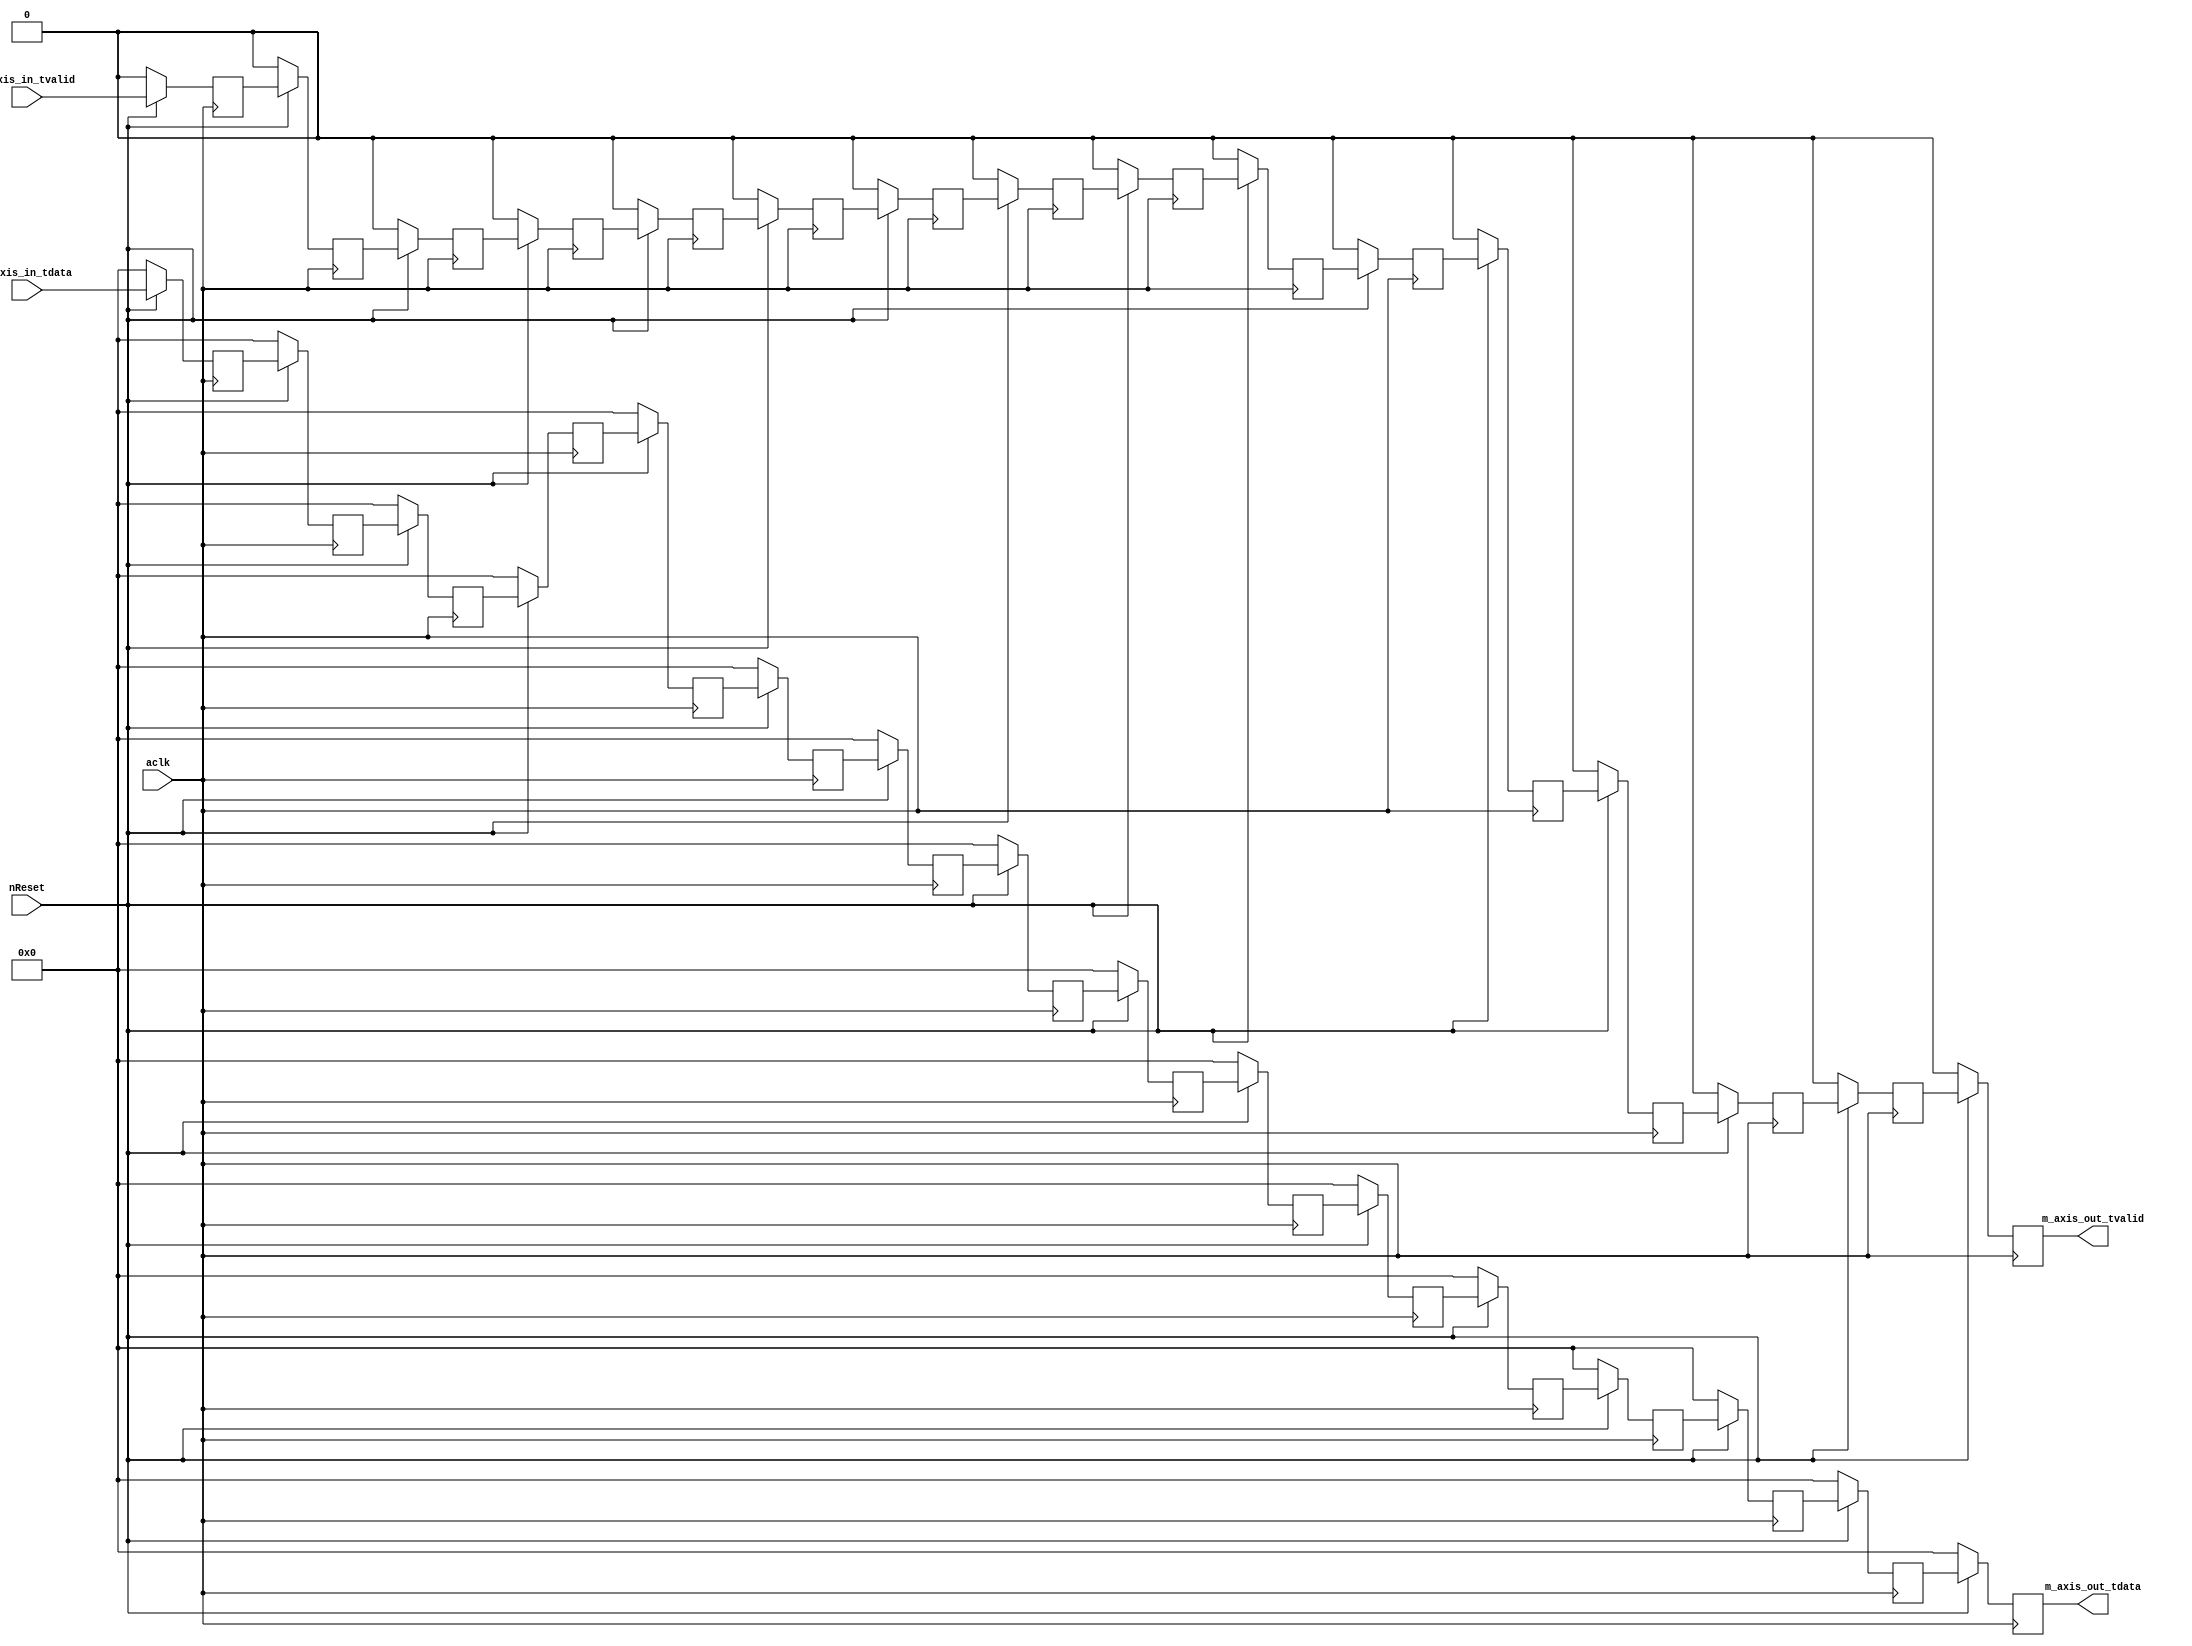
`timescale 1ns / 1ps
//////////////////////////////////////////////////////////////////////////////////
// Company: 
// Engineer: 
// 
// Design Name: 
// Module Name: delay
// Project Name: 
// Target Devices: 
// Tool Versions: 
// Description: 
// 
// Dependencies: 
// 
// Revision:
// Revision 0.01 - File Created
// Additional Comments:
// 
//////////////////////////////////////////////////////////////////////////////////


module delay
#(
    parameter WIDTH = 10,
    parameter DELAY = 16
)(
    input nReset,
    input aclk,
    input [WIDTH-1:0] s_axis_in_tdata,
    input s_axis_in_tvalid,
    output [WIDTH-1:0] m_axis_out_tdata,
    output m_axis_out_tvalid
    );
    
integer i;
    
reg [WIDTH-1:0] dataBuffer [0:DELAY-1];
reg validBuffer [0:DELAY-1];

always @(negedge aclk)
begin
    if(~nReset)
    begin
        for(i=0; i<=DELAY-1; i=i+1)
        begin
            dataBuffer[i] <= 64'd0;
            validBuffer[i] <= 1'b0;
        end
    end
    else
    begin
        for(i=0; i<=DELAY-2; i=i+1)
        begin
            dataBuffer[i] <= dataBuffer[i+1];
            validBuffer[i] <= validBuffer[i+1];
        end
        dataBuffer[DELAY-1] <= s_axis_in_tdata;
        validBuffer[DELAY-1] <= s_axis_in_tvalid;
    end
end

assign m_axis_out_tdata = dataBuffer[0];
assign m_axis_out_tvalid = validBuffer[0];

endmodule